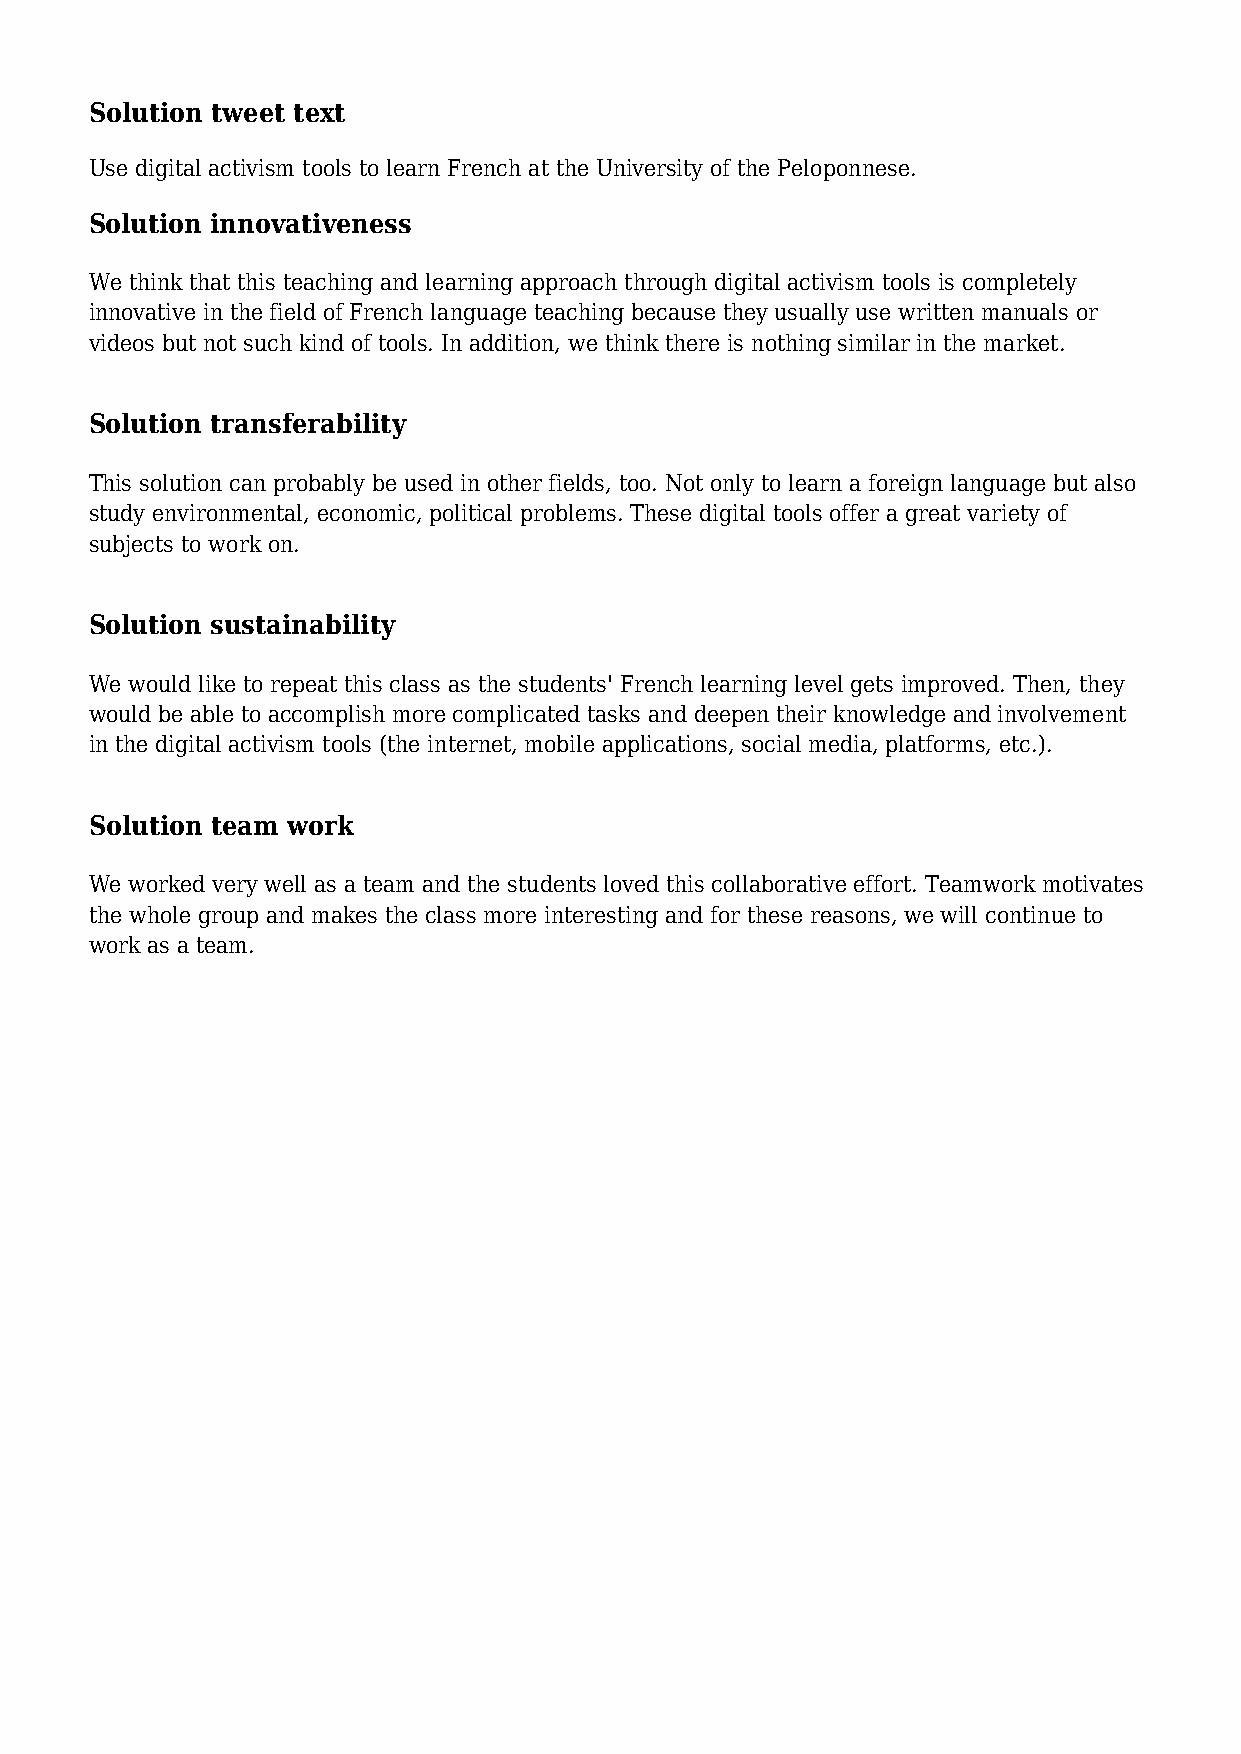
Solution tweet text
 Use digital activism tools to learn French at the University of the Peloponnese.
 Solution innovativeness
 We think that this teaching and learning approach through digital activism tools is completely
 innovative in the field of French language teaching because they usually use written manuals or
 videos but not such kind of tools. In addition, we think there is nothing similar in the market.
 Solution transferability                                   m
 This solution can probably be used in other fields, too. Not only to learn a foreign language but also
 o
 study environmental, economic, political problems. These digital tools offer a great variety of
 subjects to work on.
 c
 .
 Solution sustainability
 k
 We would like to repeat this class as the students' French learning level gets improved. Then, they
 c
 would be able to accomplish more complicated tasks and deepen their knowledge and involvement
 in the digital activism tools (the internet, mobile appliacations, social media, platforms, etc.).
 h
 Solution team work
 u
 We worked very well as a team and the students loved this collaborative effort. Teamwork motivates
 the whole group and makes the class more interesting and for these reasons, we will continue to
 d
 work as a team.
 e
 i
 g
 i
 d